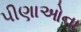
પીણાઓના